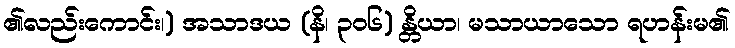
၏လည်းကောင်း၊) အသာဒယ (နိ၊ ၃၀၆) န္တိယာ၊ မသာယာသော ရဟန်းမ၏